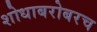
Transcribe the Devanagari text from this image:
शोधाबरोबरच